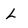
Character: L